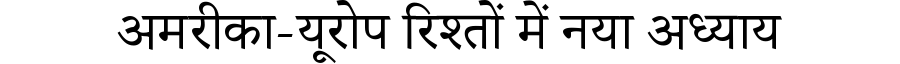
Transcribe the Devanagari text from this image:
अमरीका-यूरोप रिश्तों में नया अध्याय